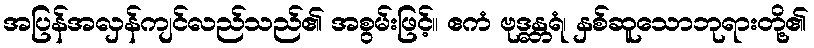
အပြန်အလှန်ကျင်လည်သည်၏ အစွမ်းဖြင့်။ ဧကံ ဗုဒ္ဓန္တရံ၊ နှစ်ဆူသောဘုရားတို့၏